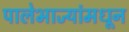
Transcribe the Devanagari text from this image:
पालेभाज्यांमधून